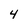
Character: 4